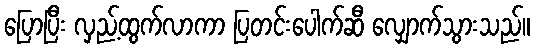
ပြောပြီး လှည့်ထွက်လာကာ ပြတင်းပေါက်ဆီ လျှောက်သွားသည်။